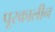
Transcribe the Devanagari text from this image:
पूरकालीन